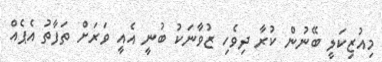
މިިއުޒިކަލީ ބޭނުން ކުރާ ދިވެހި ޒުވާނަކު ބުނީ އެއީ ވަރަށް ތަފާތު އެޕެއް